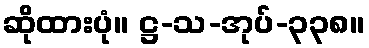
ဆိုထားပုံ။ ဋ္ဌ-သ-အုပ်-၃၃၈။